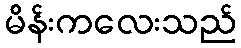
မိန်းကလေးသည်